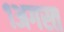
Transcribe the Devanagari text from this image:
१अगस्त